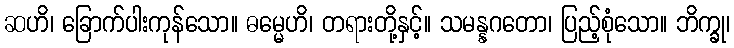
ဆဟိ၊ ခြောက်ပါးကုန်သော။ ဓမ္မေဟိ၊ တရားတို့နှင့်။ သမန္နဂတော၊ ပြည့်စုံသော။ ဘိက္ခု၊